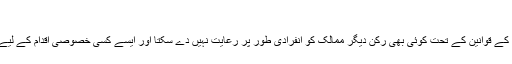
‘‘
تجارت کے عالمی ادارے ’ڈبلیو ٹی او‘ کے قوانین کے تحت کوئی بھی رکن دیگر ممالک کو انفرادی طور پر رعایت نہیں دے سکتا اور ایسے کسی خصوصی اقدام کے لیے تمام ارکان کی رضامندی لازمی ہے۔